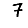
Digit: 7